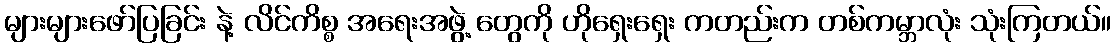
များများဖော်ပြခြင်း နဲ့ လိင်ကိစ္စ အရေးအဖွဲ့ တွေကို ဟိုရှေးရှေး ကတည်းက တစ်ကမ္ဘာလုံး သုံးကြတယ်။